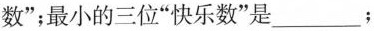
数”；最小的三位”快乐数”是___；